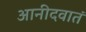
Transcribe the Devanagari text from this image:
आनीदवातं